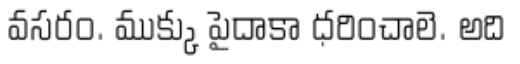
వసరం. ముక్కు పైదాకా ధరించాలె. అది